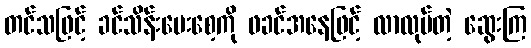
တင်သဖြင့် ခင်သိန်းမေးစေ့ကို ဖခင်အနေဖြင့် လာလုပ်တဲ့ ဆွေးကြ